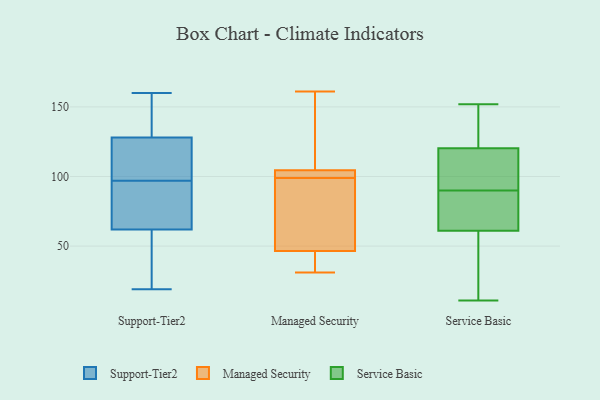
{"axis": {"x": "Headcount", "y": "Value"}, "legend": ["Managed Security", "Service Basic", "Support-Tier2"], "data": [{"x": "", "y": 107, "type": "Support-Tier2"}, {"x": "", "y": 39, "type": "Support-Tier2"}, {"x": "", "y": 89, "type": "Support-Tier2"}, {"x": "", "y": 139, "type": "Support-Tier2"}, {"x": "", "y": 156, "type": "Support-Tier2"}, {"x": "", "y": 48, "type": "Support-Tier2"}, {"x": "", "y": 97, "type": "Support-Tier2"}, {"x": "", "y": 72, "type": "Support-Tier2"}, {"x": "", "y": 160, "type": "Support-Tier2"}, {"x": "", "y": 100, "type": "Support-Tier2"}, {"x": "", "y": 128, "type": "Support-Tier2"}, {"x": "", "y": 19, "type": "Support-Tier2"}, {"x": "", "y": 62, "type": "Support-Tier2"}, {"x": "", "y": 97, "type": "Support-Tier2"}, {"x": "", "y": 105, "type": "Managed Security"}, {"x": "", "y": 99, "type": "Managed Security"}, {"x": "", "y": 92, "type": "Managed Security"}, {"x": "", "y": 100, "type": "Managed Security"}, {"x": "", "y": 31, "type": "Managed Security"}, {"x": "", "y": 46, "type": "Managed Security"}, {"x": "", "y": 48, "type": "Managed Security"}, {"x": "", "y": 103, "type": "Managed Security"}, {"x": "", "y": 146, "type": "Managed Security"}, {"x": "", "y": 36, "type": "Managed Security"}, {"x": "", "y": 161, "type": "Managed Security"}, {"x": "", "y": 90, "type": "Service Basic"}, {"x": "", "y": 152, "type": "Service Basic"}, {"x": "", "y": 64, "type": "Service Basic"}, {"x": "", "y": 33, "type": "Service Basic"}, {"x": "", "y": 130, "type": "Service Basic"}, {"x": "", "y": 60, "type": "Service Basic"}, {"x": "", "y": 83, "type": "Service Basic"}, {"x": "", "y": 11, "type": "Service Basic"}, {"x": "", "y": 121, "type": "Service Basic"}, {"x": "", "y": 110, "type": "Service Basic"}, {"x": "", "y": 118, "type": "Service Basic"}]}